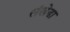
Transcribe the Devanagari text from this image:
संखेडा